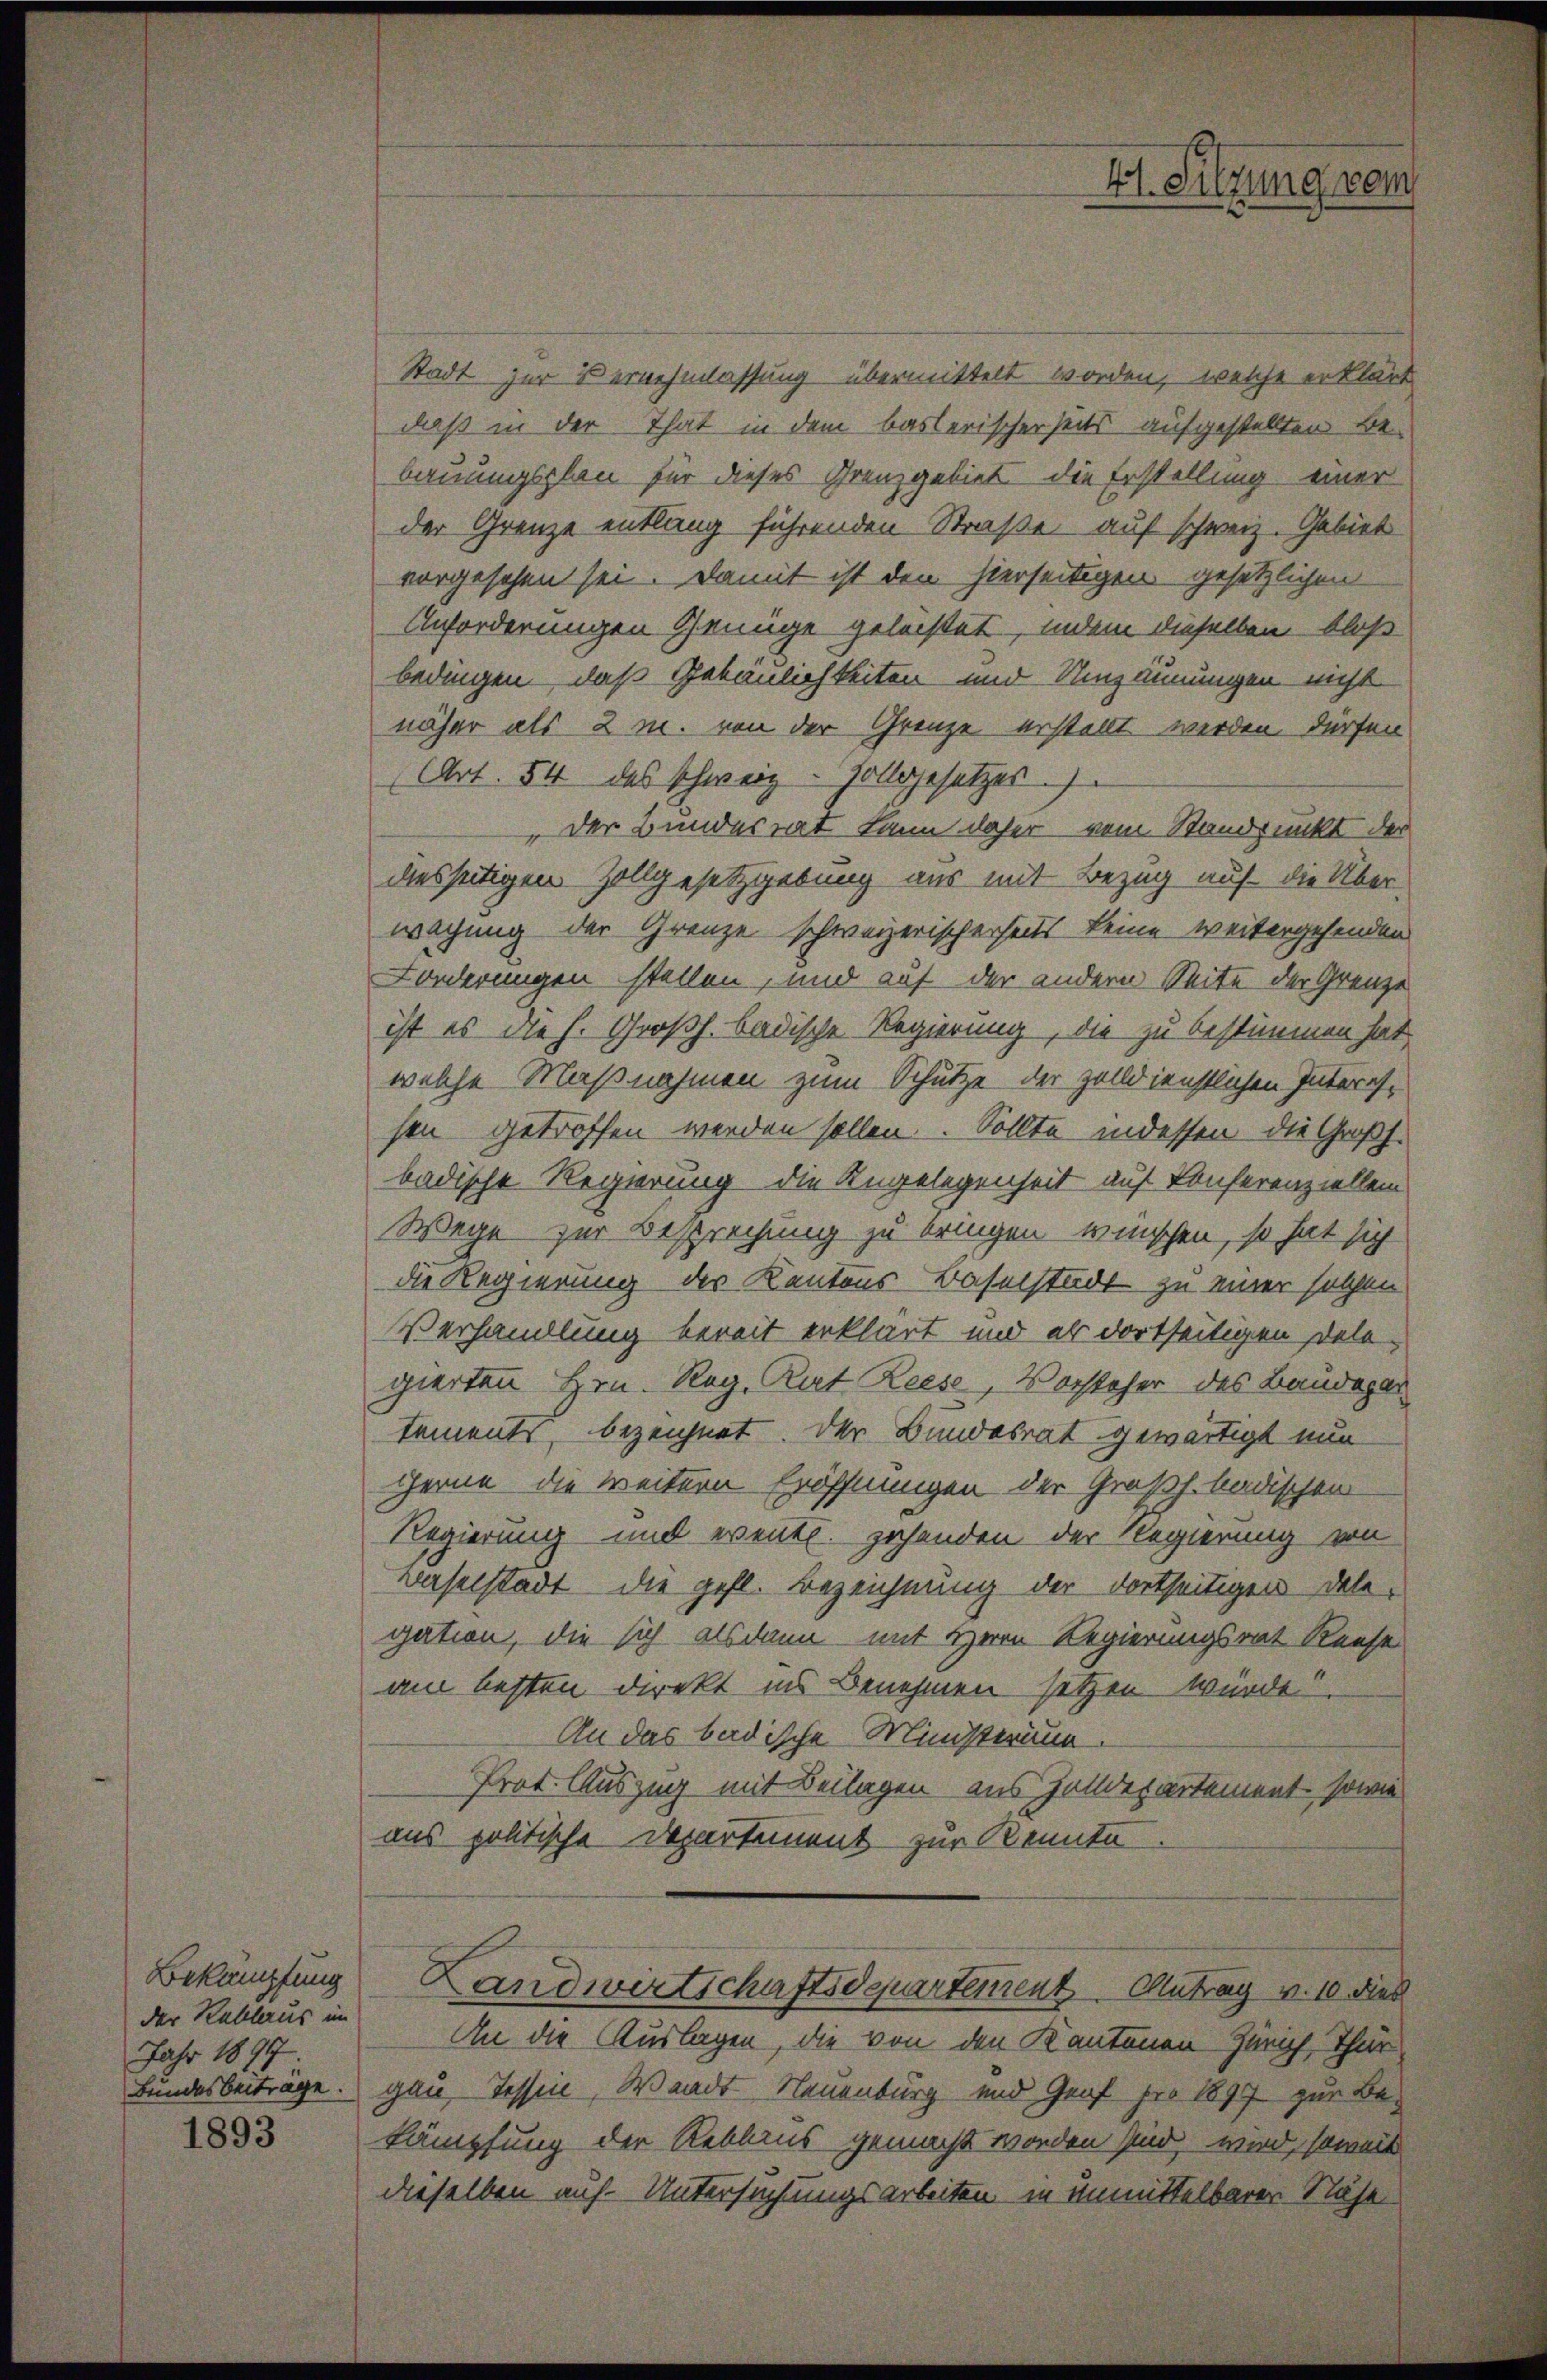
Bekämpfung
der Reklaus im
Jahr 1897.
Bundesbeiträge.

1893

Stadt zur Vernehmlassung übermittelt worden, welche erklärt
daß in der That in dem baslerischerseits aufgestellten Be-
bauungsplan für dieses Grenzgebiet die Erstellung einer
der Grenze entlang führenden Straße auf schweiz. Gebiet
vorgesehen sei. Damit ist den hierseitigen gesetzlichen
Anforderungen Genüge geleistet, indem dieselben bloß
bedingen, daß Gebäulichkeiten und Umzäunungen nicht
näher als 2 m. von der Grenze erstellt werden dürfen
Art. 54 des schweiz - Hollgesetzes.)
Der Bundesrat kann daher vom Standpunkt der
desseitigen Zollgesetzgebung aus mit Bezug auf die Über-
wachung der Grenze schweizerischerheits keine weitergehenden
Forderungen stellen, und auf der andern Seite der Grenze
ist es die h. Großh. badische Regierung, die zu bestimmen hat,
welche Maßnahmen zum Schutze der zolldienstlichen Interessen getroffen werden sollen. Sollte indessen die Großh.
badische Regierung die Angelegenheit auf Konferenziellen
Wege zur Besprechung zu bringen wünschen, so hat sich
die Regierung des Kantons-Baselstadt zu einer solchen
Verhandlung bereit erklärt und es dortseitigen Dele-
gierten Hrn. Reg. Rat Reese, Vorsteher des Baudepar
tements, bezeichnet. Der Bundesrat gewärtigt nun
gerne die weitern Eröffnungen der Großh. badischen
Regierung und event. zehenden der Regierung von
Baselstadt die gefl. Bezeichnung der dortseitigen Dele-
gation, die sich alsdann mit Herrn Regierungsrat Reise
am besten Direkt ins Benehmen setzen würde.
An das badische Ministerium.
Prot. Auszug mit Beilagen aus Zolldepartement, sowie
aus politische Departement zur Kenntn
Landwirtschaftsdepartement Antrag v. 10. dies
An die Auslagen, die von den Kantonen Zürich, Thur-
gau Tessin, Wande Neuenburg und Graf per 1897 zur Be-
kämpfung der Reblaus gemacht worden sind, wird, soweit
dieselben auf Untersuchungsarbeiten in unmittelbarer Nähe

Hl. Sitzung vom